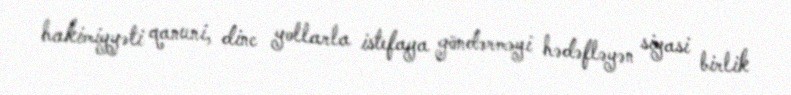
hakimiyyəti qanuni, dinc yollarla istefaya göndərməyi hədəfləyən siyasi birlik